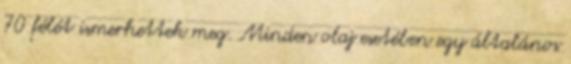
70 félét ismerhettek meg. Minden olaj esetében egy általános